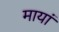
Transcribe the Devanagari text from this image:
मायां